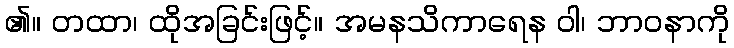
၏။ တထာ၊ ထိုအခြင်းဖြင့်။ အမနသိကာရေန ဝါ၊ ဘာဝနာကို